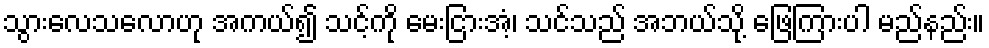
သွားလေသလောဟု အကယ်၍ သင့်ကို မေးငြားအံ့၊ သင်သည် အဘယ်သို့ ဖြေကြားပါ မည်နည်း။